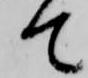
て